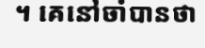
។ គេនៅចាំបានថា